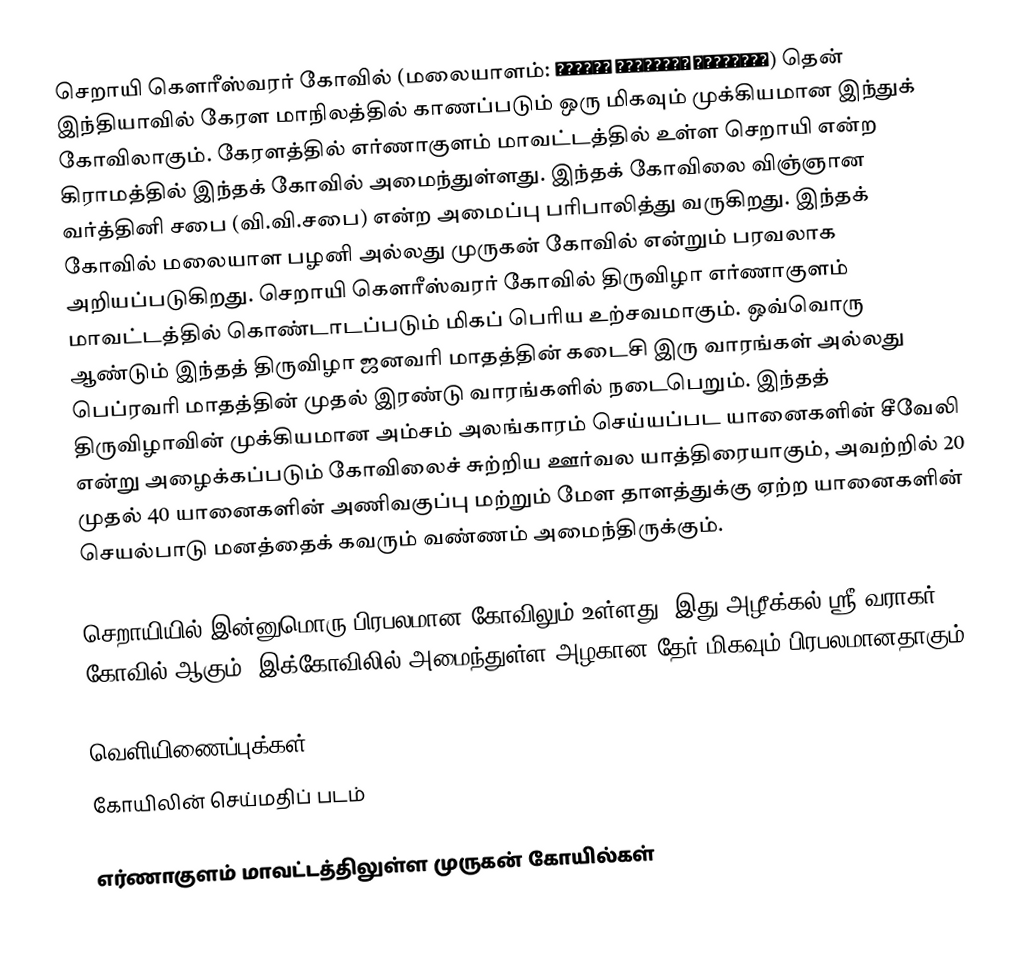
செறாயி கௌரீஸ்வரர் கோவில் (மலையாளம்: ചെറായി ഗൗരീശ്വര ക്ഷേത്രം) தென் இந்தியாவில் கேரள மாநிலத்தில் காணப்படும் ஒரு மிகவும் முக்கியமான இந்துக் கோவிலாகும். கேரளத்தில் எர்ணாகுளம் மாவட்டத்தில் உள்ள செறாயி என்ற கிராமத்தில் இந்தக் கோவில் அமைந்துள்ளது. இந்தக் கோவிலை விஞ்ஞான வர்த்தினி சபை (வி.வி.சபை) என்ற அமைப்பு பரிபாலித்து வருகிறது. இந்தக் கோவில் மலையாள பழனி அல்லது முருகன் கோவில் என்றும் பரவலாக அறியப்படுகிறது. செறாயி கௌரீஸ்வரர் கோவில் திருவிழா எர்ணாகுளம் மாவட்டத்தில் கொண்டாடப்படும் மிகப் பெரிய உற்சவமாகும். ஒவ்வொரு ஆண்டும் இந்தத் திருவிழா ஜனவரி மாதத்தின் கடைசி இரு வாரங்கள் அல்லது பெப்ரவரி மாதத்தின் முதல் இரண்டு வாரங்களில் நடைபெறும். இந்தத் திருவிழாவின் முக்கியமான அம்சம் அலங்காரம் செய்யப்பட யானைகளின் சீவேலி என்று அழைக்கப்படும் கோவிலைச் சுற்றிய ஊர்வல யாத்திரையாகும், அவற்றில் 20 முதல் 40 யானைகளின் அணிவகுப்பு மற்றும் மேள தாளத்துக்கு ஏற்ற யானைகளின் செயல்பாடு மனத்தைக் கவரும் வண்ணம் அமைந்திருக்கும்.

செறாயியில் இன்னுமொரு பிரபலமான கோவிலும் உள்ளது. இது அழீக்கல் ஸ்ரீ வராகர் கோவில் ஆகும். இக்கோவிலில் அமைந்துள்ள அழகான தேர் மிகவும் பிரபலமானதாகும்.

வெளியிணைப்புக்கள்
 கோயிலின் செய்மதிப் படம்

எர்ணாகுளம் மாவட்டத்திலுள்ள முருகன் கோயில்கள்